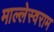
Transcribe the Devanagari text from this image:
माल्लेस्वराम